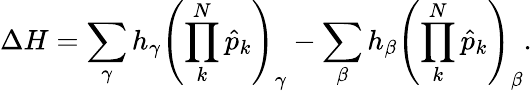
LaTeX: \Delta H=\sum_{\gamma}h_{\gamma}\left(\prod_{k}^{N}\hat{p}_{k}\right)_{\gamma}-\sum_{\beta}h_{\beta}\left(\prod_{k}^{N}\hat{p}_{k}\right)_{\beta}.